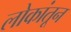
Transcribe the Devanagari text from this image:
लोकांतून